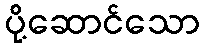
ပို့ဆောင်သော